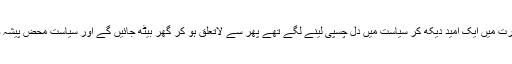
وہ نوجوان جو عمران خان کی صورت میں ایک امید دیکھ کر سیاست میں دل چسپی لینے لگے تھے پھر سے لاتعلق ہو کر گھر بیٹھ جائیں گے اور سیاست محض پیشہ وروں کا دھندا بن کر رہ جائے گی۔